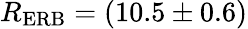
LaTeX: R_{\mathrm{ERB}}=(10.5\pm 0.6)